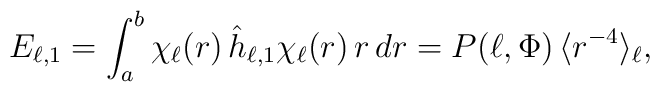
E_{\ell,1}=\int_a^b \chi_\ell(r)\,\hat{h}_{\ell,1}      \chi_\ell(r)\,r\,dr =      P(\ell,\Phi) \,     \langle r^{-4}\rangle_\ell,